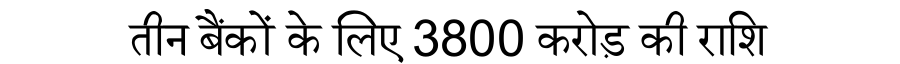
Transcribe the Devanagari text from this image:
तीन बैंकों के लिए 3800 करोड़ की राशि